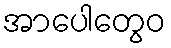
အာပေါတွေဝ